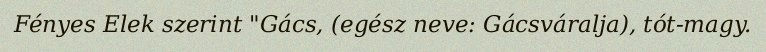
Fényes Elek szerint "Gács, (egész neve: Gácsváralja), tót-magy.